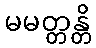
မမတ္တန္တိ